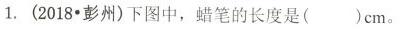
1.(2018·彭州)下图中，蜡笔的长度是()cm。